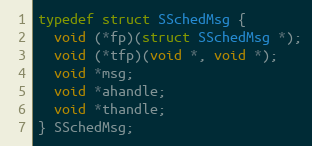
Language: C
typedef struct SSchedMsg {
  void (*fp)(struct SSchedMsg *);
  void (*tfp)(void *, void *);
  void *msg;
  void *ahandle;
  void *thandle;
} SSchedMsg;